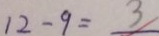
1 2 - 9 = 3